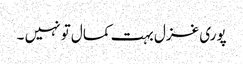
پوری غزل بہت کمال تو نہیں ۔